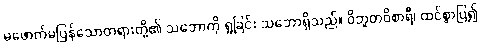
မဖောက်မပြန်သောတရားတို့၏ သဘောကို ရှုခြင်း သဘောရှိသည်။ ဝိဘူတဝိစာရီ၊ ထင်စွာပြ၍